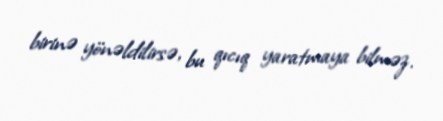
birinə yönəldilirsə, bu qıcıq yaratmaya bilməz.